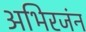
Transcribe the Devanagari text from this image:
अभिरजंन